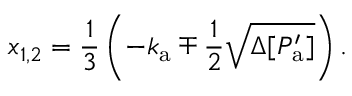
x _ { 1 , 2 } = \frac { 1 } { 3 } \left( - k _ { \mathrm { a } } \mp \frac { 1 } { 2 } \sqrt { \Delta [ P _ { \mathrm { a } } ^ { \prime } ] } \right) .